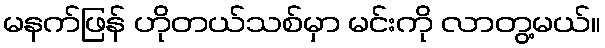
မနက်ဖြန် ဟိုတယ်သစ်မှာ မင်းကို လာတွ့မယ်။